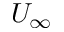
U _ { \infty }